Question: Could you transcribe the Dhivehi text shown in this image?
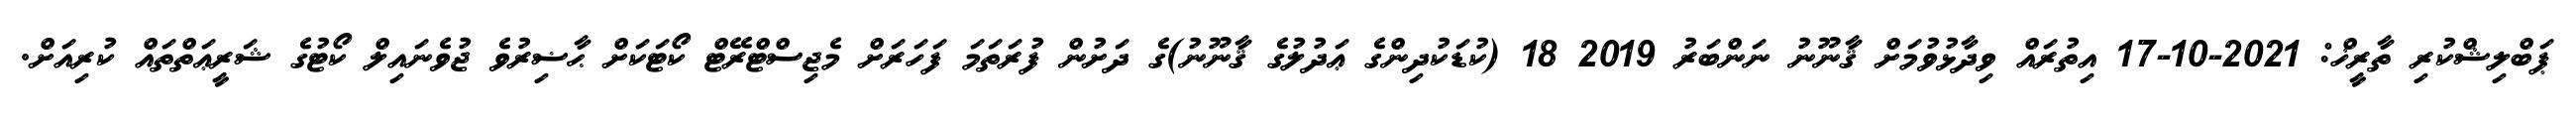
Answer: ޕަބްލިޝްކުރި ތާރީޚް: 2021-10-17 އިތުރައް ވިދާޅުވުމަށް ޤާނޫނު ނަންބަރު 2019 18 (ކުޑަކުދިންގެ ޢަދުލުގެ ޤާނޫނު)ގެ ދަށުން ފުރަތަމަ ފަހަރަށް މެޖިސްޓްރޭޓް ކޯޓަކަށް ޙާޟިރުވެ ޖުވެނައިލް ކޯޓުގެ ޝަރީޢަތްތައް ކުރިއަށް.